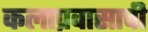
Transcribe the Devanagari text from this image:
कलाप्रवासाची